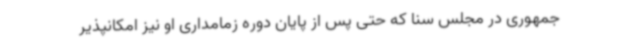
جمهوری در مجلس سنا که حتی پس از پایان دوره زمامداری او نیز امکانپذیر